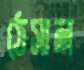
ঠেসাল